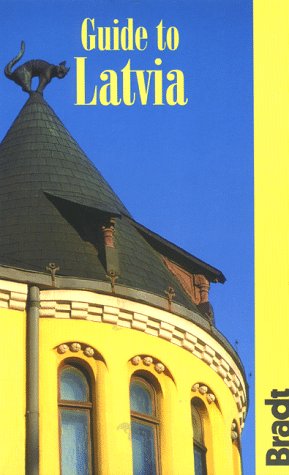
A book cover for Guide to Latvia (Bradt Guides); Inara Astrida Punga; Travel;